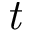
\textit { t }